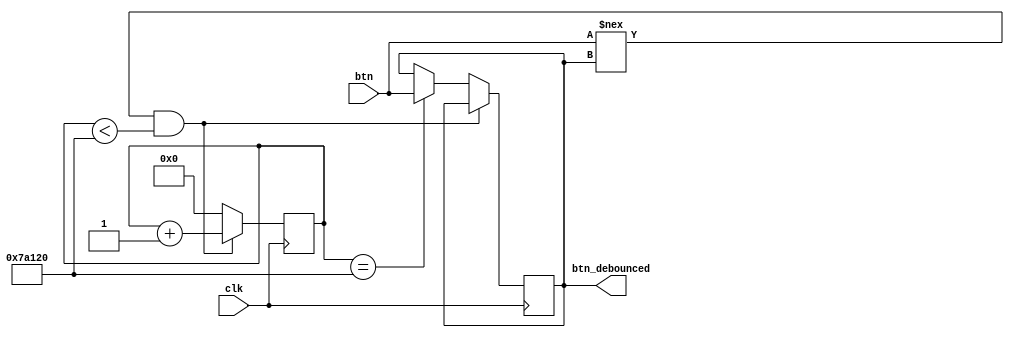
module debounce(
    input clk,
    input btn,
    output btn_debounced
);

parameter DEBOUNCE_TIME = 500000;

reg [31:0] counter;
reg state;

always @(posedge clk ) begin
    if (btn !== state && counter < DEBOUNCE_TIME) begin
        counter <= counter + 1;
    end else if (counter == DEBOUNCE_TIME) begin
        state <= btn;
        counter <= 0;
    end else begin
        counter <= 0;
    end
end

assign btn_debounced = state;

endmodule